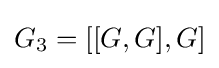
G_{3}=[[G,G],G]